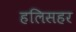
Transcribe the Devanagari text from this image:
हलिसहर